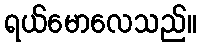
ရယ်မောလေသည်။